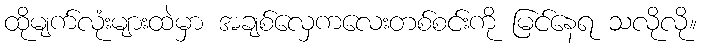
ထိုမျက်လုံးများထဲမှာ အချစ်လှေကလေးတစ်စင်းကို မြင်နေရ သလိုလို။